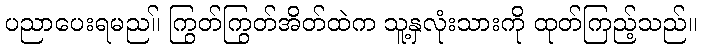
ပညာပေးရမည။် ကြွတ်ကြွတ်အိတ်ထဲက သူ့နှလုံးသားကို ထုတ်ကြည့်သည်။